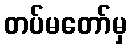
တပ်မတော်မှ